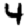
Digit: 4